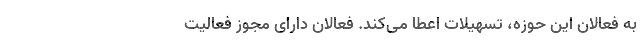
به فعالان این حوزه، تسهیلات اعطا می‌کند. فعالان دارای مجوز فعالیت